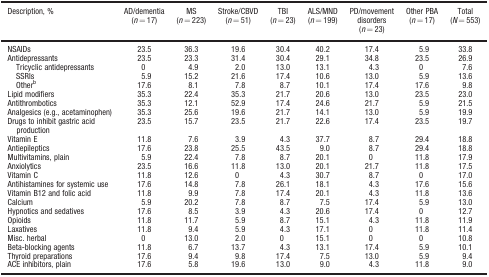
<table><thead><tr><td><b>Description, %</b></td><td><b>AD/dementia (<i>n = </i>17)</b></td><td><b>MS (<i>n = </i>223)</b></td><td><b>Stroke/CBVD (<i>n = </i>51)</b></td><td><b>TBI (<i>n = </i>23)</b></td><td><b>ALS/MND (<i>n = </i>199)</b></td><td><b>PD/movement disorders (<i>n = </i>23)</b></td><td><b>Other PBA (<i>n = </i>17)</b></td><td><b>Total (<i>N = </i>553)</b></td></tr></thead><tbody><tr><td>NSAIDs</td><td>23.5</td><td>36.3</td><td>19.6</td><td>30.4</td><td>40.2</td><td>17.4</td><td>5.9</td><td>33.8</td></tr><tr><td>Antidepressants</td><td>23.5</td><td>23.3</td><td>31.4</td><td>30.4</td><td>29.1</td><td>34.8</td><td>23.5</td><td>26.9</td></tr><tr><td> Tricyclic antidepressants</td><td>0</td><td>4.9</td><td>2.0</td><td>13.0</td><td>13.1</td><td>4.3</td><td>0</td><td>7.6</td></tr><tr><td> SSRIs</td><td>5.9</td><td>15.2</td><td>21.6</td><td>17.4</td><td>10.6</td><td>13.0</td><td>5.9</td><td>13.6</td></tr><tr><td> Other<sup>b</sup></td><td>17.6</td><td>8.1</td><td>7.8</td><td>8.7</td><td>10.1</td><td>17.4</td><td>17.6</td><td>9.8</td></tr><tr><td>Lipid modifiers</td><td>35.3</td><td>22.4</td><td>35.3</td><td>21.7</td><td>20.6</td><td>13.0</td><td>23.5</td><td>23.0</td></tr><tr><td>Antithrombotics</td><td>35.3</td><td>12.1</td><td>52.9</td><td>17.4</td><td>24.6</td><td>21.7</td><td>5.9</td><td>21.5</td></tr><tr><td>Analgesics (e.g., acetaminophen)</td><td>35.3</td><td>25.6</td><td>19.6</td><td>21.7</td><td>14.1</td><td>13.0</td><td>5.9</td><td>19.9</td></tr><tr><td>Drugs to inhibit gastric acid production</td><td>23.5</td><td>15.7</td><td>23.5</td><td>21.7</td><td>22.6</td><td>17.4</td><td>23.5</td><td>19.7</td></tr><tr><td>Vitamin E</td><td>11.8</td><td>7.6</td><td>3.9</td><td>4.3</td><td>37.7</td><td>8.7</td><td>29.4</td><td>18.8</td></tr><tr><td>Antiepileptics</td><td>17.6</td><td>23.8</td><td>25.5</td><td>43.5</td><td>9.0</td><td>8.7</td><td>29.4</td><td>18.8</td></tr><tr><td>Multivitamins, plain</td><td>5.9</td><td>22.4</td><td>7.8</td><td>8.7</td><td>20.1</td><td>0</td><td>11.8</td><td>17.9</td></tr><tr><td>Anxiolytics</td><td>23.5</td><td>16.6</td><td>11.8</td><td>13.0</td><td>20.1</td><td>21.7</td><td>11.8</td><td>17.5</td></tr><tr><td>Vitamin C</td><td>11.8</td><td>12.6</td><td>0</td><td>4.3</td><td>30.7</td><td>8.7</td><td>0</td><td>17.0</td></tr><tr><td>Antihistamines for systemic use</td><td>17.6</td><td>14.8</td><td>7.8</td><td>26.1</td><td>18.1</td><td>4.3</td><td>17.6</td><td>15.6</td></tr><tr><td>Vitamin B12 and folic acid</td><td>11.8</td><td>9.9</td><td>7.8</td><td>17.4</td><td>20.1</td><td>4.3</td><td>11.8</td><td>13.6</td></tr><tr><td>Calcium</td><td>5.9</td><td>20.2</td><td>7.8</td><td>8.7</td><td>7.5</td><td>17.4</td><td>5.9</td><td>13.0</td></tr><tr><td>Hypnotics and sedatives</td><td>17.6</td><td>8.5</td><td>3.9</td><td>4.3</td><td>20.6</td><td>17.4</td><td>0</td><td>12.7</td></tr><tr><td>Opioids</td><td>11.8</td><td>11.7</td><td>5.9</td><td>8.7</td><td>15.1</td><td>4.3</td><td>11.8</td><td>11.9</td></tr><tr><td>Laxatives</td><td>11.8</td><td>9.4</td><td>5.9</td><td>4.3</td><td>17.1</td><td>0</td><td>11.8</td><td>11.4</td></tr><tr><td>Misc. herbal</td><td>0</td><td>13.0</td><td>2.0</td><td>0</td><td>15.1</td><td>0</td><td>0</td><td>10.8</td></tr><tr><td>Beta-blocking agents</td><td>11.8</td><td>6.7</td><td>13.7</td><td>4.3</td><td>13.1</td><td>17.4</td><td>5.9</td><td>10.1</td></tr><tr><td>Thyroid preparations</td><td>17.6</td><td>9.4</td><td>9.8</td><td>17.4</td><td>7.5</td><td>13.0</td><td>5.9</td><td>9.4</td></tr><tr><td>ACE inhibitors, plain</td><td>17.6</td><td>5.8</td><td>19.6</td><td>13.0</td><td>9.0</td><td>4.3</td><td>11.8</td><td>9.0</td></tr></tbody></table>